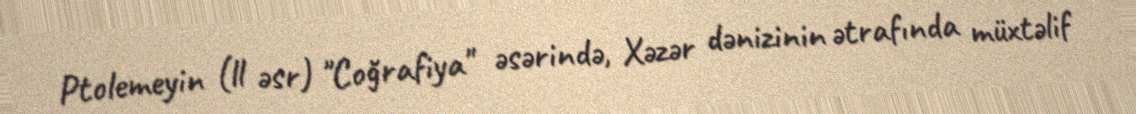
Ptolemeyin (ll əsr) "Coğrafiya" əsərində, Xəzər dənizinin ətrafında müxtəlif